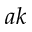
a k